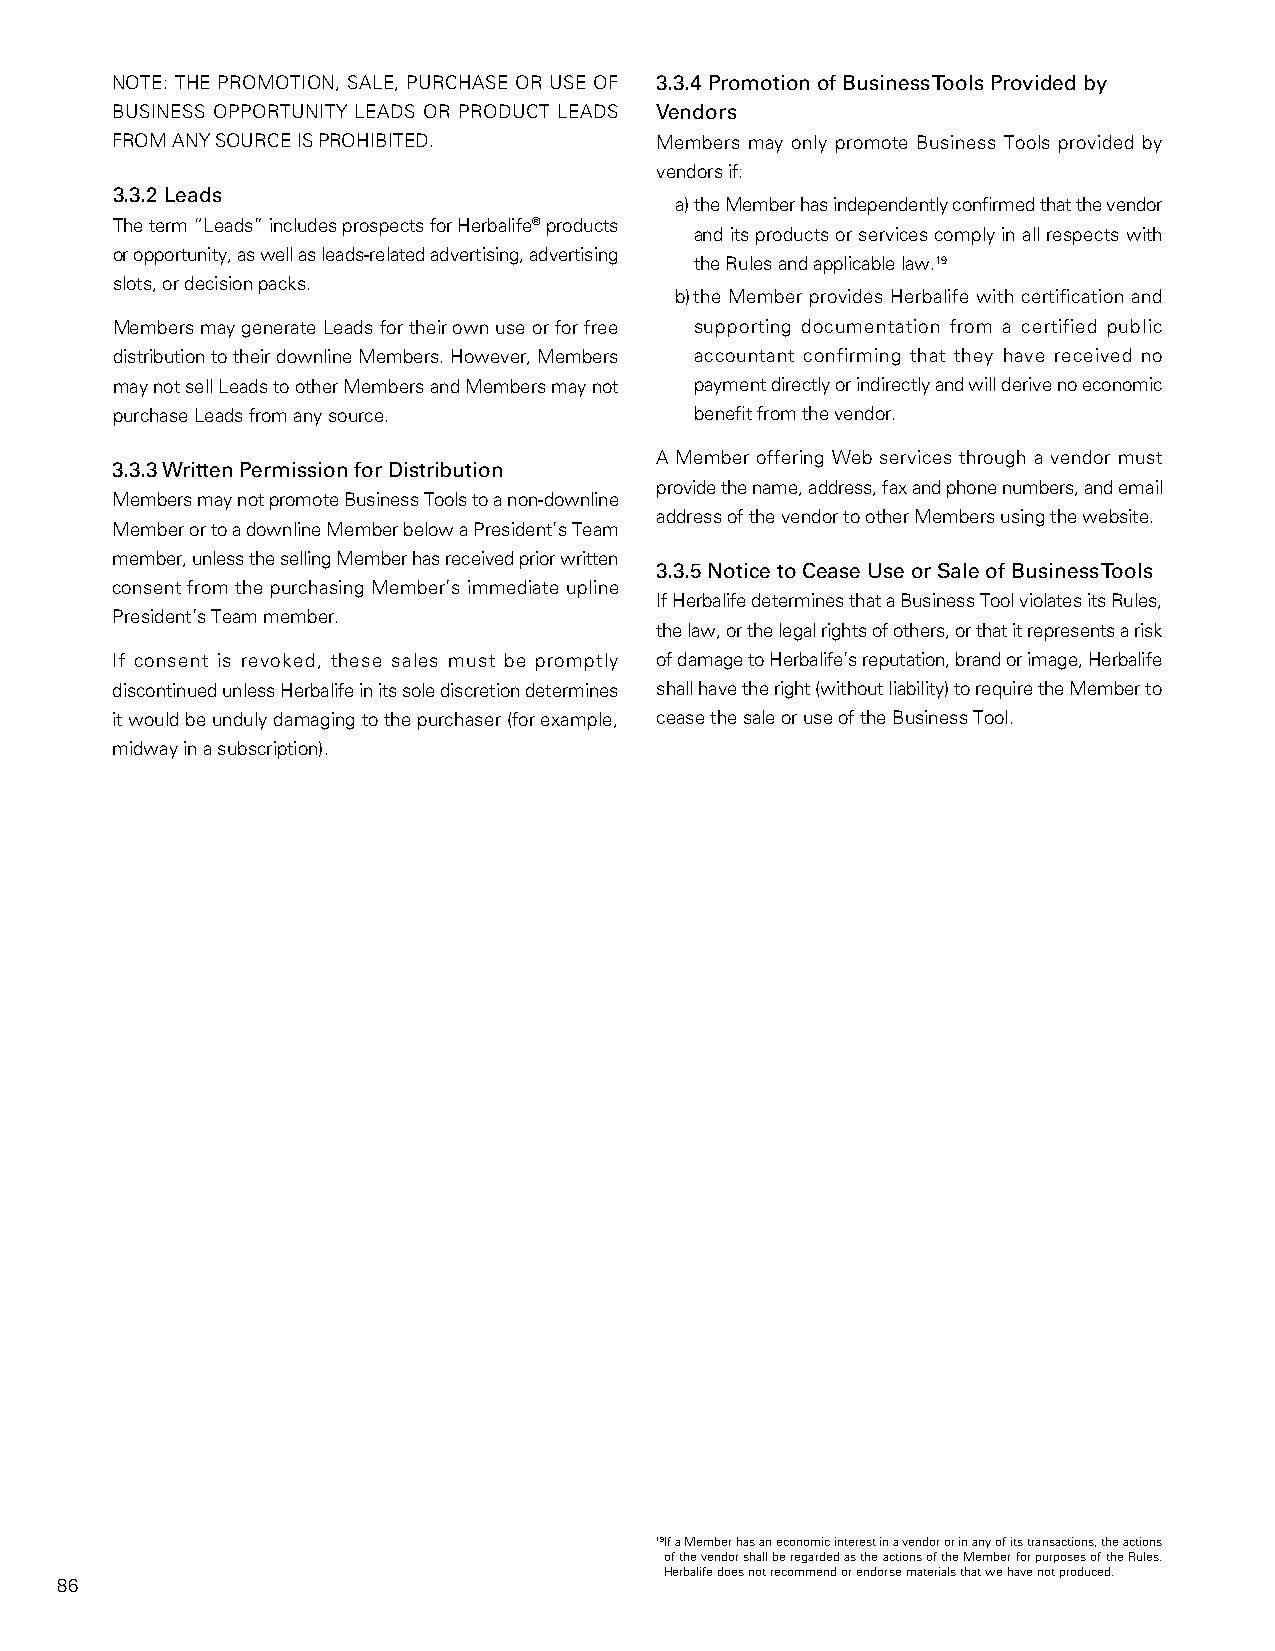
NOTE: THE PROMOTION, SALE, PURCHASE OR USE OF 3.3.4 Promotion of Business Tools Provided by
 BUSINESS OPPORTUNITY LEADS OR PRODUCT LEADS Vendors
 FROM ANY SOURCE IS PROHIBITED.      Members may only promote Business Tools provided by
 vendors if:
 3.3.2 Leads
 a) the Member has independently confirmed that the vendor
 The term “Leads” includes prospects for Herbalife® products
 and its products or services comply in all respects with
 or opportunity, as well as leads-related advertising, advertising
 the Rules and applicable law.19
 slots, or decision packs.
 b) the Member provides Herbalife with certification and
 Members may generate Leads for their own use or for free supporting documentation from a certified public
 distribution to their downline Members. However, Members accountant confirming that they have received no
 may not sell Leads to other Members and Members may not payment directly or indirectly and will derive no economic
 purchase Leads from any source.        benefit from the vendor.
 A Member offering Web services through a vendor must
 3.3.3 Written Permission for Distribution
 provide the name, address, fax and phone numbers, and email
 Members may not promote Business Tools to a non-downline
 address of the vendor to other Members using the website.
 Member or to a downline Member below a President’s Team
 member, unless the selling Member has received prior written
 3.3.5 Notice to Cease Use or Sale of Business Tools
 consent from the purchasing Member’s immediate upline
 If Herbalife determines that a Business Tool violates its Rules,
 President’s Team member.
 the law, or the legal rights of others, or that it represents a risk
 If consent is revoked, these sales must be promptly of damage to Herbalife’s reputation, brand or image, Herbalife
 discontinued unless Herbalife in its sole discretion determines shall have the right (without liability) to require the Member to
 it would be unduly damaging to the purchaser (for example, cease the sale or use of the Business Tool.
 midway in a subscription).
 19If a Member has an economic interest in a vendor or in any of its transactions, the actions
 of the vendor shall be regarded as the actions of the Member for purposes of the Rules.
 Herbalife does not recommend or endorse materials that we have not produced.
 86